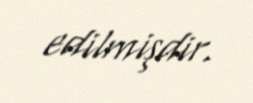
edilmişdir.